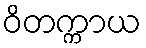
ဝိတက္ကာယ